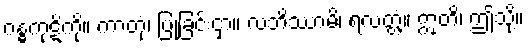
ဂန္ဓကုဋိကို။ ကာတုံ၊ ပြုခြင်းငှာ။ လဘိဿာမိ၊ ရလတ္တံ့။ ဣတိ၊ ဤသို့။